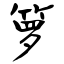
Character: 箩